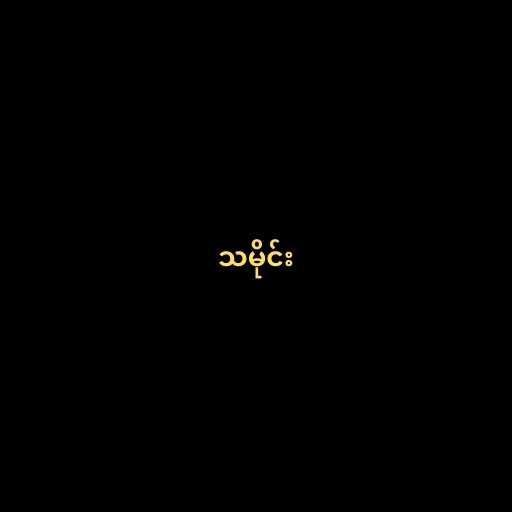
သမိုင်း